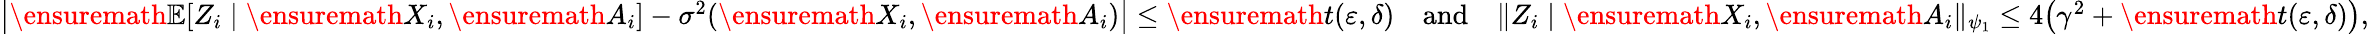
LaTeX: \begin{array}{r}{\left|\ensuremath{{\mathbb{E}}}[Z_{i}\mid\ensuremath{X}_{i},\ensuremath{A}_{i}]-\sigma^{2}(\ensuremath{X}_{i},\ensuremath{A}_{i})\right|\leq\ensuremath{t}(\varepsilon,\delta)\quad\mathrm{and}\quad\| Z_{i}\mid\ensuremath{X}_{i},\ensuremath{A}_{i}\| _{\psi_{1}}\leq 4\big(\gamma^{2}+\ensuremath{t}(\varepsilon,\delta)\big),}\end{array}